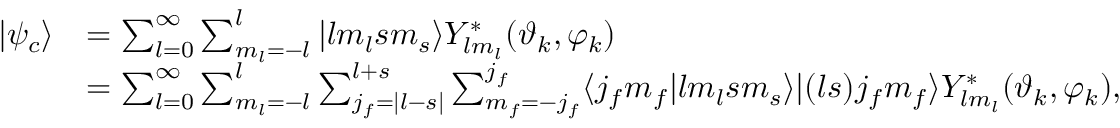
\begin{array} { r l } { | \psi _ { c } \rangle } & { = \sum _ { l = 0 } ^ { \infty } \sum _ { m _ { l } = - l } ^ { l } | l m _ { l } s m _ { s } \rangle Y _ { l m _ { l } } ^ { * } ( \vartheta _ { k } , \varphi _ { k } ) } \\ & { = \sum _ { l = 0 } ^ { \infty } \sum _ { m _ { l } = - l } ^ { l } \sum _ { j _ { f } = | l - s | } ^ { l + s } \sum _ { m _ { f } = - j _ { f } } ^ { j _ { f } } \langle j _ { f } m _ { f } | l m _ { l } s m _ { s } \rangle | ( l s ) j _ { f } m _ { f } \rangle Y _ { l m _ { l } } ^ { * } ( \vartheta _ { k } , \varphi _ { k } ) , } \end{array}